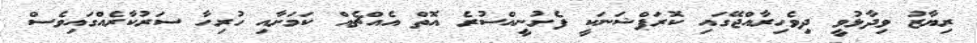
ރިޔާޒު ވިދާޅުވީ ދިވެހިރާއްޖޭގައި ކޮރަޕްޝަނަކީ ފެށުނީއްސުރެ އޮތް އެއްޗެއް ކަމަށާއި ހުރިހާ ސަރުކާރެއްގައިވެސް